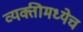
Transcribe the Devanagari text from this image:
व्यक्तीमध्येच